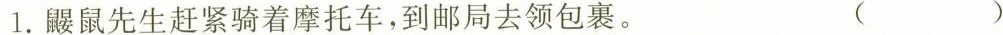
1.鼹鼠先生赶紧骑着摩托车，到邮局去领包裹。（ ）